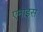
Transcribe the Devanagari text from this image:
एनाइस